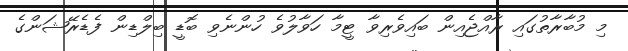
މި މުބާރާތުގައި ރާއްޖެއިން ބައިވެރިވާ ޓީމާ ހަވާލުވެ ހުންނެވި ބޮޑީ ބިލްޑިން ފެޑެރޭޝަންގެ